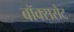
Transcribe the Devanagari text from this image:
बॉक्ससेट